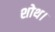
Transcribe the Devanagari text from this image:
शोथ।